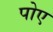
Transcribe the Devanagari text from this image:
पोए